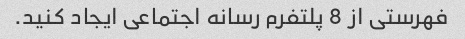
فهرستی از 8 پلتفرم رسانه اجتماعی ایجاد کنید.